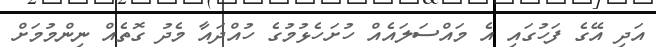
އަދި އޭގެ ފަހުގައި އެ މައްސަލައެއް ހުށަހެޅުމުގެ ހުއްދައާ މެދު ގޮތެއް ނިންމުމަށް